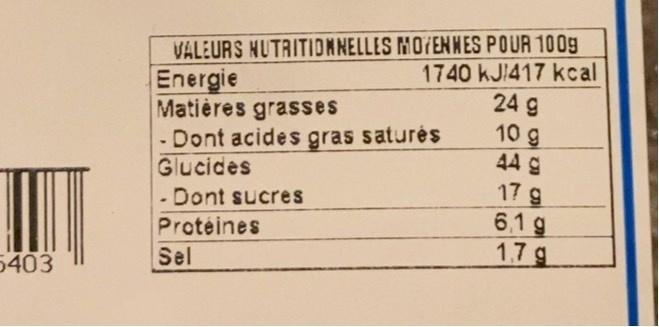
VALEURS NUTRITIDNNELLES MOTENNES POUR 100g 1740 kJ 417 kcal 24 g 10 g 44 g 17 g
Energie Matières grasses - Dont acides gras saturés
Glucides
- Dont sucres
6,1 g 17g
Protéines
Sel
5403